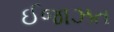
ઈજાઝત